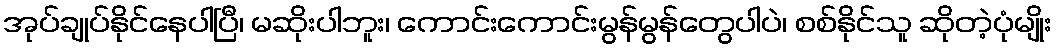
အုပ်ချုပ်နိုင်နေပါပြီ၊ မဆိုးပါဘူး၊ ကောင်းကောင်းမွန်မွန်တွေပါပဲ၊ စစ်နိုင်သူ ဆိုတဲ့ပုံမျိုး